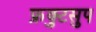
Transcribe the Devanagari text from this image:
फ्रुक्टसुप